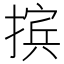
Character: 摈